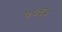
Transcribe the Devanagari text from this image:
७७६२